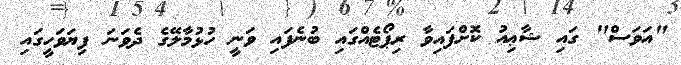
"އަވަސް" ގައި ޝާޢިއު ކޮށްފައިވާ ރިޕޯޓެއްގައި ބުނެފައި ވަނީ ހުޅުމާލޭގެ ދެވަނަ ފިޔަވަހީގައި